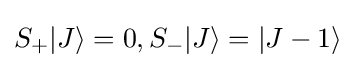
S_{+}|J\rangle =0,S_{-}|J\rangle =|J-1\rangle